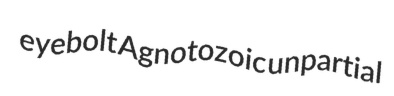
eyebolt Agnotozoic unpartial